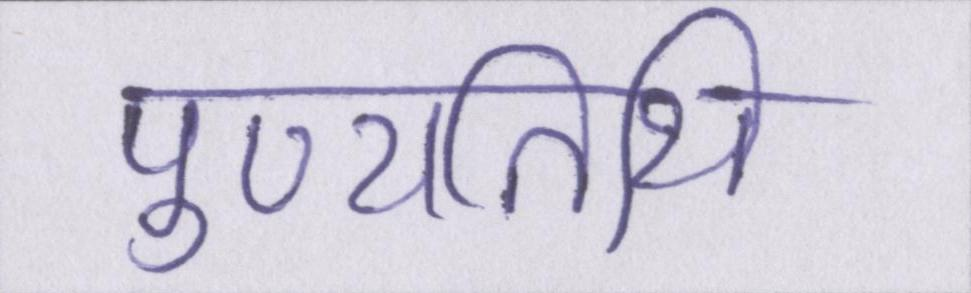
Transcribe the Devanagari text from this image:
पुण्यतिथि